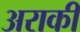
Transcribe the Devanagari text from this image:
अराकी